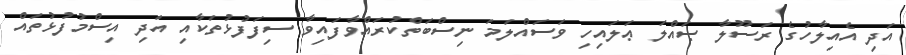
އަދި އެއިލާހުގެ ރަސޫލާ ޞައްލަ ޢަލައިހި ވަސައްލަމަ ނިސްބަތްކުރައްވާފައިވާ ސިފަފުޅުތަކާއި އަދި އިސްމުފުޅުތައް